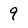
Character: 9